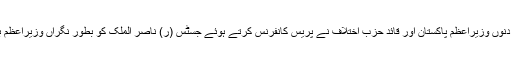
واضح رہے کہ گذشتہ دنوں وزیراعظم پاکستان اور قائد حزب اختلاف نے پریس کانفرنس کرتے ہوئے جسٹس (ر) ناصر الملک کو بطور نگراں وزیراعظم بنانے کا اعلان کیا تھا۔